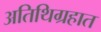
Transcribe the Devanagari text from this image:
अतिथिग्रहात